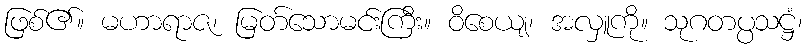
ဖြစ်၏။ မဟာရာဇ၊ မြတ်သောမင်းကြီး။ ဝိစေယျ၊ အလှူကို။ သုဂတပ္ပသဋ္ဌံ၊